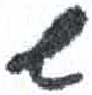
אות: ש